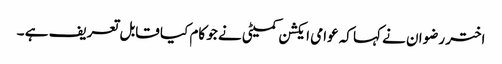
اختر رضوان نے کہا کہ عوامی ایکشن کمیٹی نے جو کام کیا قابل تعریف ہے ۔